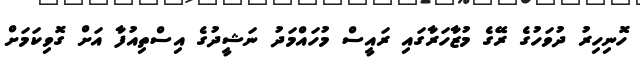
ހޮނިހިރު ދުވަހުގެ ރޭގެ މުޒާހަރާގައި ރައީސް މުހައްމަދު ނަޝީދުގެ އިސްތިއުފާ އަށް ގޮވިކަމަށް